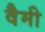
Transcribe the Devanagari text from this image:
वैमी